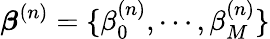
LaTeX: \boldsymbol{\beta}^{(n)}=\{ \beta_{0}^{(n)},\cdots,\beta_{M}^{(n)}\}